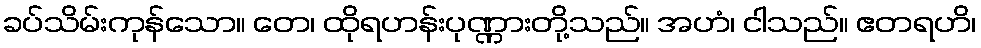
ခပ်သိမ်းကုန်သော။ တေ၊ ထိုရဟန်းပုဏ္ဏားတို့သည်။ အဟံ၊ ငါသည်။ ဧတရဟိ၊